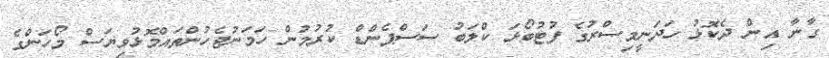
ގާނާ އިން ދެކޮޅު ހަދަނީމިސްރުގެ ފުޓުބޯޅަ ކްލަބު ސަސްޕެންޑް ކުރުމުން ހަމަނުޖެހުންތައްމޮޅުވިޔަސް މޯހަންގެ